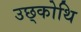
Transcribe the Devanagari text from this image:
उछ्कोथि